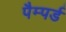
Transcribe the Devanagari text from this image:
पैम्पर्ड